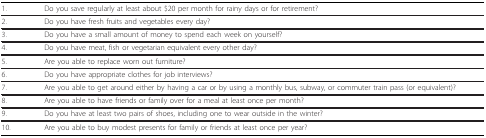
<table><thead><tr><td><b>1.</b></td><td><b>Do you save regularly at least about $20 per month for rainy days or for retirement?</b></td></tr></thead><tbody><tr><td>2.</td><td>Do you have fresh fruits and vegetables every day?</td></tr><tr><td>3.</td><td>Do you have a small amount of money to spend each week on yourself?</td></tr><tr><td>4.</td><td>Do you have meat, fish or vegetarian equivalent every other day?</td></tr><tr><td>5.</td><td>Are you able to replace worn out furniture?</td></tr><tr><td>6.</td><td>Do you have appropriate clothes for job interviews?</td></tr><tr><td>7.</td><td>Are you able to get around either by having a car or by using a monthly bus, subway, or commuter train pass (or equivalent)?</td></tr><tr><td>8.</td><td>Are you able to have friends or family over for a meal at least once per month?</td></tr><tr><td>9.</td><td>Do you have at least two pairs of shoes, including one to wear outside in the winter?</td></tr><tr><td>10.</td><td>Are you able to buy modest presents for family or friends at least once per year?</td></tr></tbody></table>